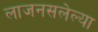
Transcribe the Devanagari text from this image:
लाजनसलेल्या